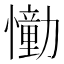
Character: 𢣛